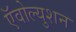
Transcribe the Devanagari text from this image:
ऍवोल्युशन